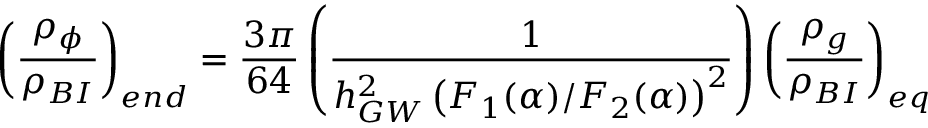
{ \left( \frac { \rho _ { \phi } } { \rho _ { B I } } \right) _ { e n d } } = { \frac { 3 \pi } { 6 4 } } \left( { \frac { 1 } { h _ { G W } ^ { 2 } \left( F _ { 1 } ( \alpha ) / F _ { 2 } ( \alpha ) \right) ^ { 2 } } } \right) \left( { \frac { \rho _ { g } } { \rho _ { B I } } } \right) _ { e q }